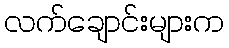
လက်ချောင်းများက